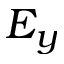
E _ { y }